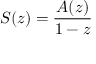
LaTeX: S ( z ) = { \frac { A ( z ) } { 1 - z } }